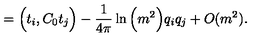
= \Big ( t _ { i } , C _ { 0 } t _ { j } \Big ) - \frac { 1 } { 4 \pi } \ln \Big ( m ^ { 2 } \Big ) q _ { i } q _ { j } + O ( m ^ { 2 } ) .